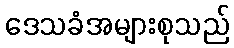
ဒေသခံအများစုသည်